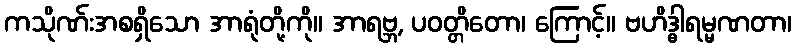
ကသိုဏ်းအစရှိသော အာရုံတို့ကို။ အာရဗ္ဘ, ပဝတ္တိတော၊ ကြောင့်။ ဗဟိဒ္ဓါရမ္မဏတာ၊